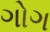
ગોગ